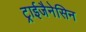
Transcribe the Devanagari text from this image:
ट्राईजैनेसिन